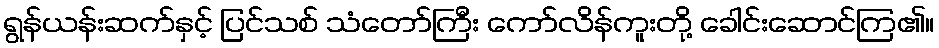
ရွန်ယန်းဆက်နှင့် ပြင်သစ် သံတော်ကြီး ကော်လိန်ကူးတို့ ခေါင်းဆောင်ကြ၏။